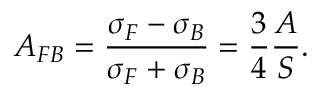
A _ { F B } = \frac { \sigma _ { F } - \sigma _ { B } } { \sigma _ { F } + \sigma _ { B } } = \frac { 3 } { 4 } \frac { A } { S } .